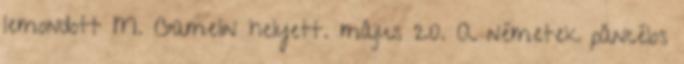
lemondott M. Gamelin helyett. május 20. A németek páncélos